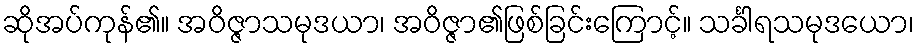
ဆိုအပ်ကုန်၏။ အဝိဇ္ဇာသမုဒယာ၊ အဝိဇ္ဇာ၏ဖြစ်ခြင်းကြောင့်။ သင်္ခါရသမုဒယော၊